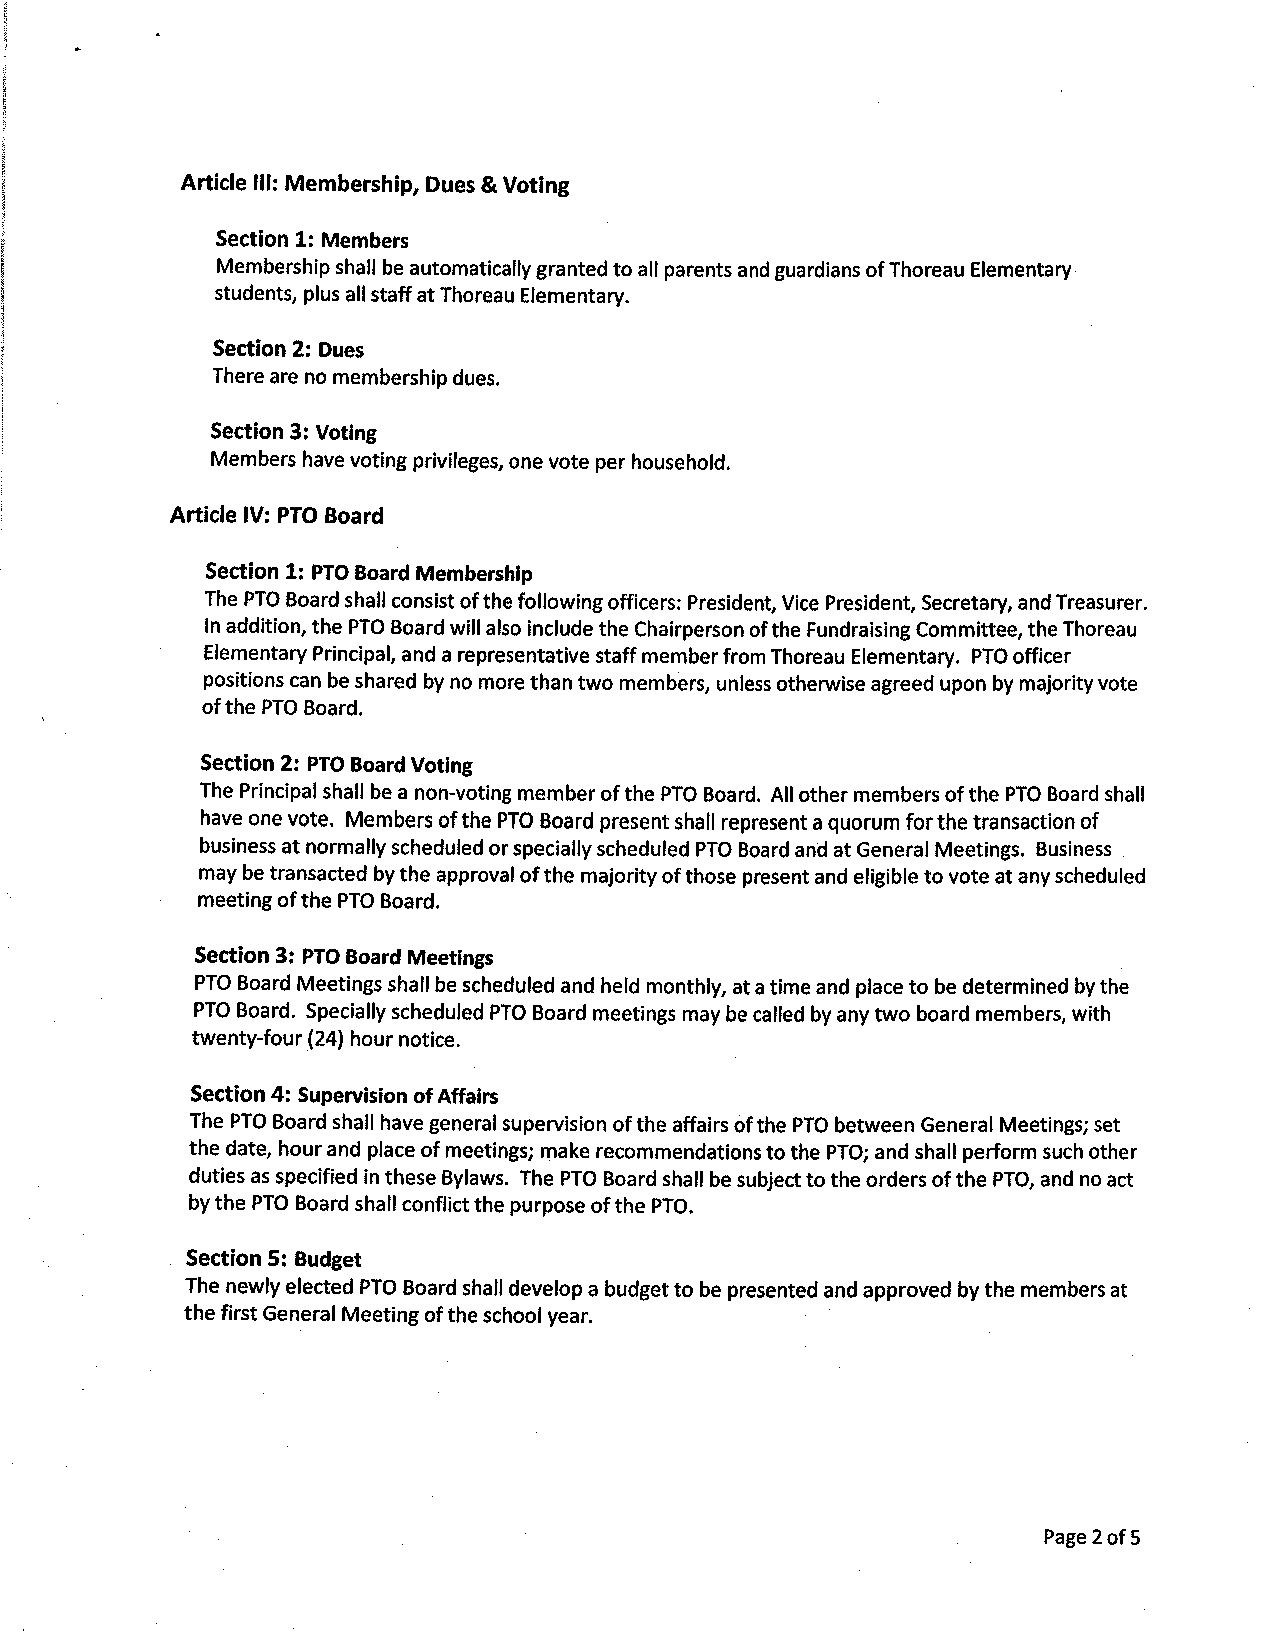
Article lll: Membership, Dues & Voting
 Section 1: Members
 Membership shall be automat¡cally granted to all parents and guardians of Thoreau Elementary
 students, plus all staff at Thoreau Elementary.
 Section 2: Dues
 There are no membership dues.
 Section 3: Voting
 Members have voting privileges, one vote per household.
 Article lV: PTO Board
 Section 1: PTO Board Membershlp
 The PTO Board shall consist of the following officers: President, Vice President, Secretary, and Treasurer.
 ln addition, the PTO Board willalso include the Chairperson of the Fundraising Committee, the Thoreau
 Elementary Principal, and a representat¡ve staff member from Thoreau Elementary. PTO officer
 positions can be shared by no more than two members, unless othenvise agreed upon by majority vote
 ofthe PTO Board.
 Section 2: PTO Board Voting
 The Principal shall be a non-voting member of the PTO Board. All other members of the PTO Board shall
 have one vote. Members of the PTO Board present shall represent a quorum forthe transaction of
 business at normally scheduled or specially scheduled PTO Board and at General Meetings. Business
 may be transacted by the approval of the majority of those present and eligible to vote at any scheduled
 meeting of the PTO Board.
 Section 3: PTO Board Meetings
 PTO Board Meetings shall be scheduled and held monthly, at a time and place to be determined by the
 PTO Board. Specially scheduled PTO Board meetings may be called by any two board members, with
 twenty-four (24) hour not¡ce.
 Section 4: Supervision of Affairs
 The PTO Board shall have general supervision of the affairs òf the PTO between General Meetings; set
 the date, hour and place of meet¡ngs; make recommendations to the PTO; and shall perform such other
 duties as specified in these Bylaws. The PTO Board shatl be subject to the orders of the PTO, and no act
 by the PTO Board shall conflict the purpose of the pTO.
 Section 5: Budget
 The newly elected PTO Board shall develop a budget to be presented and approved by the members at
 the first General Meeting of the school year.
 Page 2 of 5